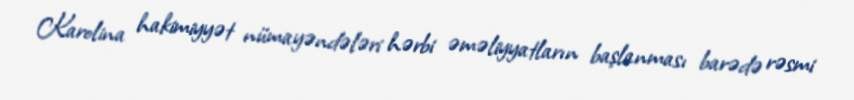
Karolina hakimiyyət nümayəndələri hərbi əməliyyatların başlanması barədə rəsmi